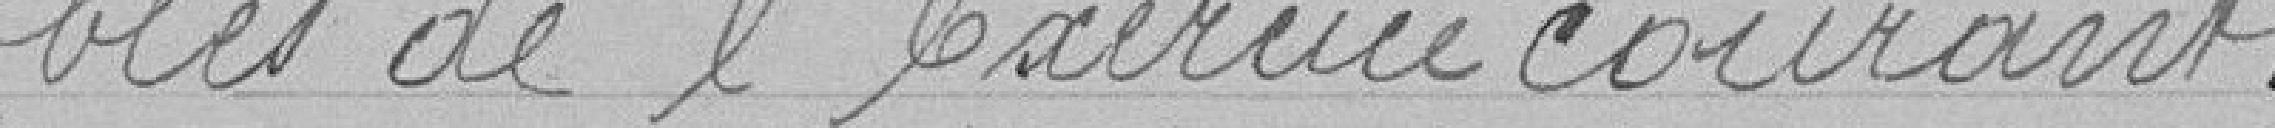
-bles de l'Exercice courant.